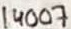
Text: 14007